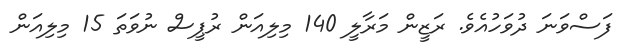
ފަސްވަނަ ދުވަހުއެވެ. ރަޒީން މަރާލީ 140 މިލިއަން ރުޕީސް ނުވަތަ 15 މިލިއަން